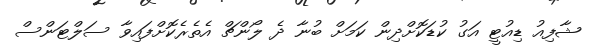
ޝާފިއު ޑިއުޓީ އަގު ކުޑަކޮށްދިން ކަމަށް ބުނާ ދެ ލޯންޗް އެތެރެކޮށްފައިވާ ސަލްޓަންސް